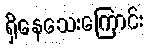
ရှိနေသေးကြောင်း